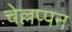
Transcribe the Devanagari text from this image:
चेल्लप्पन